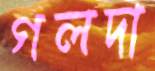
গলদা